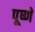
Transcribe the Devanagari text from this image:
पूष्णे